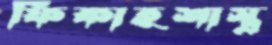
ফিকাহশাস্ত্র